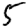
Digit: 5